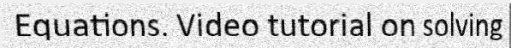
Equations. Video tutorial on solving